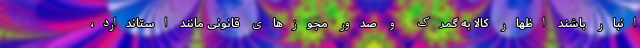
انبار باشند اظهار کالا به گمرک و صدور مجوزهای قانونی مانند استاندارد،